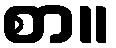
စာ။